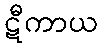
ဋီကာယ